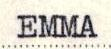
EMMA